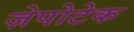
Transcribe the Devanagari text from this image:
ज़ेपोटेक